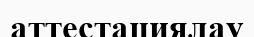
аттестациялау